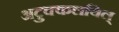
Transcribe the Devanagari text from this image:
अटुक्कलयिल्